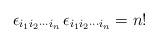
LaTeX: \begin{align*}\epsilon_{i_{1}i_{2}\cdots i_{n}}\,\epsilon_{i_{1}i_{2}\cdots i_{n}}=n!\end{align*}